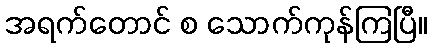
အရက်တောင် စ သောက်ကုန်ကြပြီ။